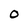
Character: O